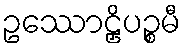
ဥဿောဠှိပဉ္စမီ